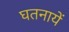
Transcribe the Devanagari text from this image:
घतनायें